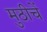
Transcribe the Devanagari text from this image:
मुठीचें